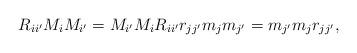
LaTeX: \begin{align*}R_{ii^{\prime }}M_{i}M_{i^{\prime }}=M_{i^{\prime }}M_{i}R_{ii^{\prime}}r_{jj^{\prime }}m_{j}m_{j^{\prime }}=m_{j^{\prime}}m_{j}r_{jj^{\prime }}, \end{align*}